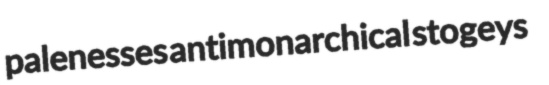
palenesses antimonarchical stogeys